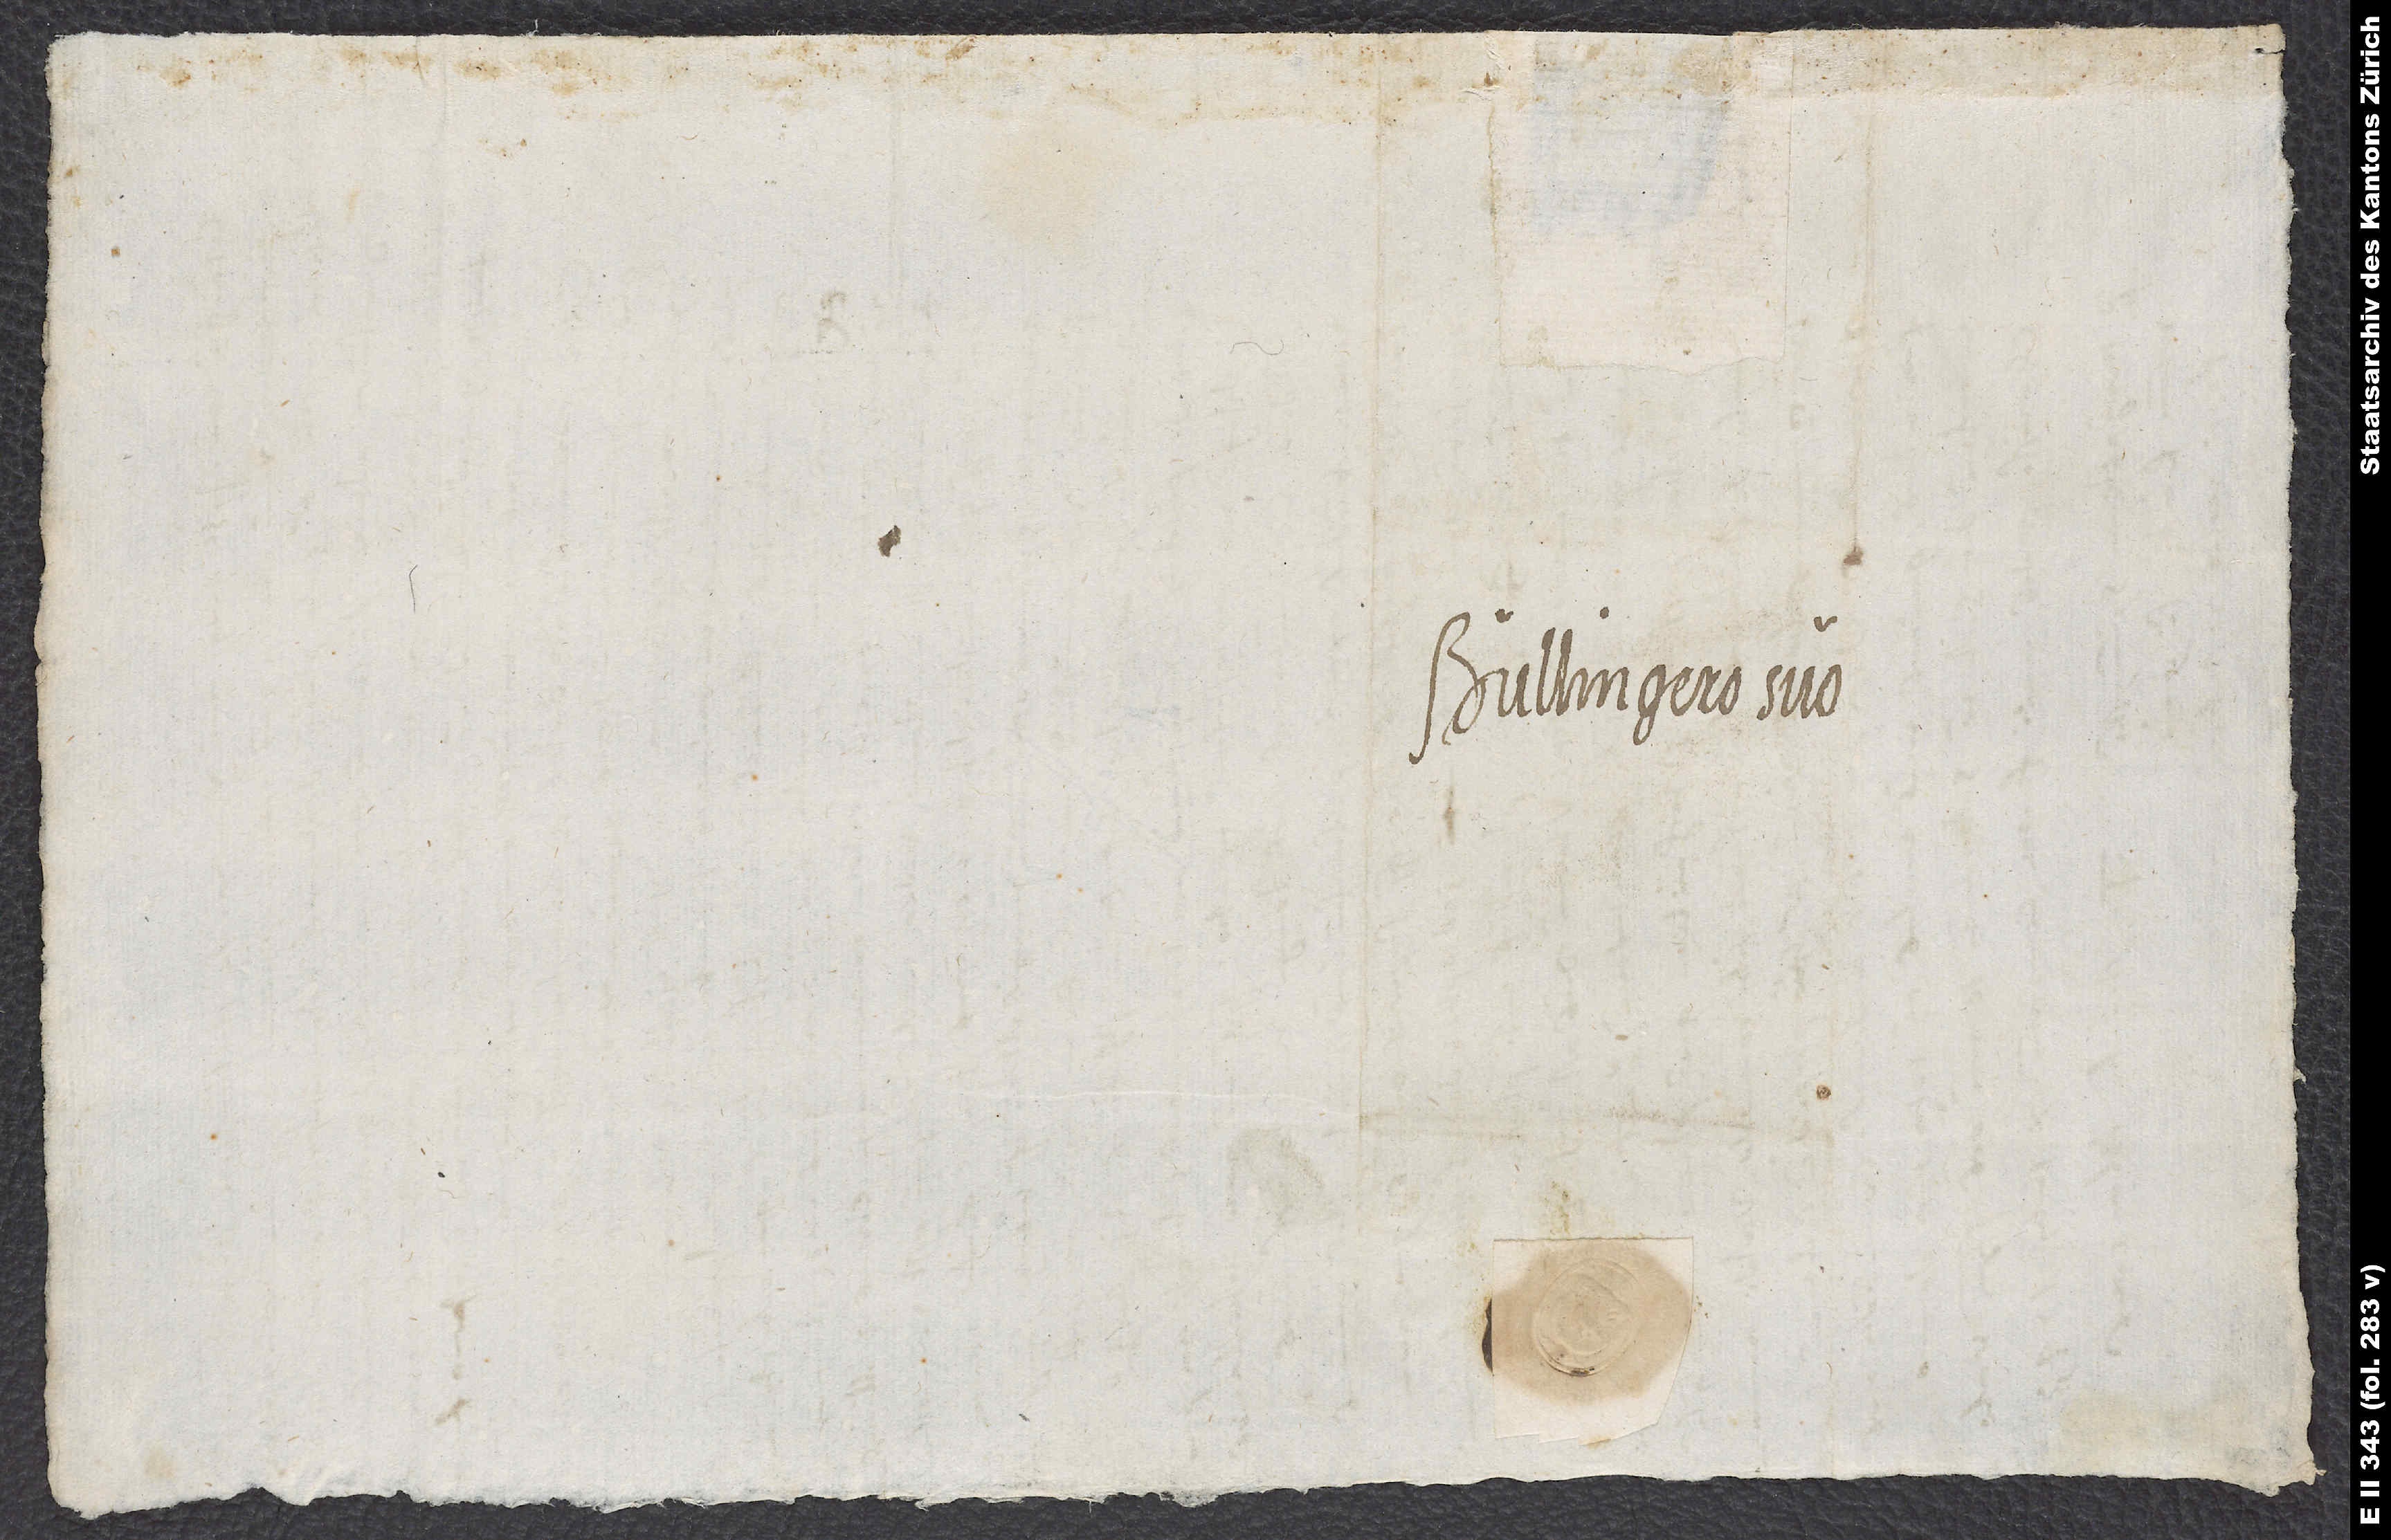
Bullingero suo.